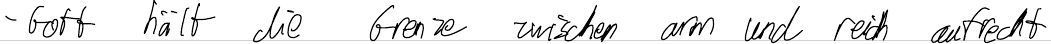
- Gott hält die Grenze zwischen arm und reich aufrecht